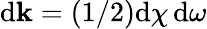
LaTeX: \mathrm{d}{\mathbf{k}}=(1/2)\mathrm{d}\chi\, \mathrm{d}\omega